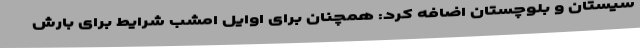
سیستان و بلوچستان اضافه کرد: همچنان برای اوایل امشب شرایط برای بارش